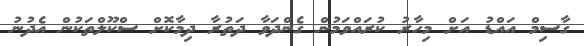
ގާސިމް އައްޑު އަށް މިހާރު ކުރައްވަމުން ގެންދަވާ ދަތުރާ ދިމާކޮށް ސްކޫލްތަކުން އެދުނު